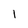
Character: 1